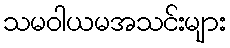
သမဝါယမအသင်းများ